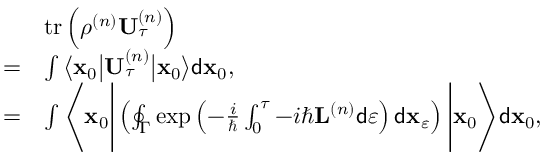
\begin{array} { r l } & { \operatorname { t r } \left( \rho ^ { \left( n \right) } \mathbf { U } _ { \tau } ^ { \left( n \right) } \right) } \\ { = } & { \int \big \langle \mathbf { x } _ { 0 } \big \vert \mathbf { U } _ { \tau } ^ { \left( n \right) } \big \vert \mathbf { x } _ { 0 } \big \rangle \mathsf { d } \mathbf { x } _ { 0 } , } \\ { = } & { \int \Bigg \langle \mathbf { x } _ { 0 } \Bigg \vert \left( \oint _ { \Gamma } \exp \left( - \frac { i } { \hbar } \int _ { 0 } ^ { \tau } - i \hbar \mathbf { L } ^ { \left( n \right) } \mathsf { d } \varepsilon \right) \mathsf { d } \mathbf { x } _ { \varepsilon } \right) \Bigg \vert \mathbf { x } _ { 0 } \Bigg \rangle \mathsf { d } \mathbf { x } _ { 0 } , } \end{array}